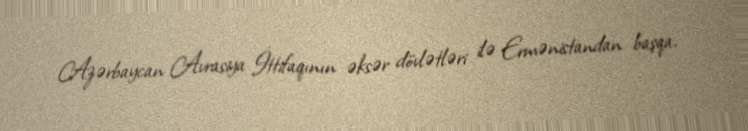
Azərbaycan Avrasiya İttifaqının əksər dövlətləri ilə Ermənistandan başqa,